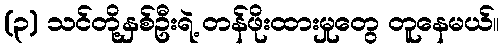
(၃) သင်တို့နှစ်ဦးရဲ့ တန်ဖိုးထားမှုတွေ တူနေမယ်။